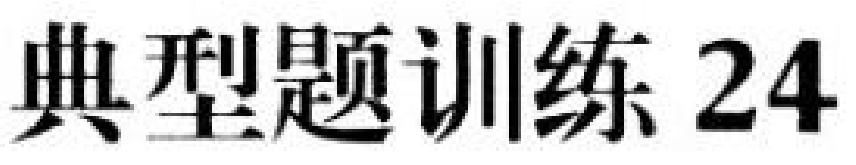
典型题训练 24